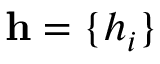
\mathbf { h } = \{ h _ { i } \}